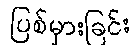
ပြစ်မှားခြင်း